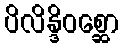
ပိလိန္ဒိဝစ္ဆော